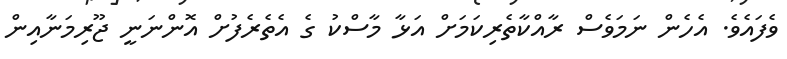
ވެފައެވެ. އެހެން ނަމަވެސް ރާއްކާތެރިކަމަށް އަޅާ މާސްކު ގެ އެތެރެފުށް އޮންނަނީ ޖޫރިމަނާއިން